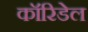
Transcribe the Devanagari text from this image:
कॉरिडेल